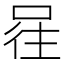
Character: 𭈕